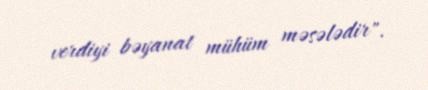
verdiyi bəyanat mühüm məsələdir".